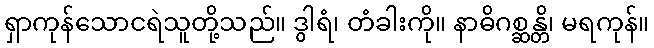
ရှာကုန်သောငရဲသူတို့သည်။ ဒွါရံ၊ တံခါးကို။ နာဓိဂစ္ဆန္တိ၊ မရကုန်။